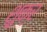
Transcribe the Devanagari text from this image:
शु़क्र